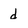
Character: d